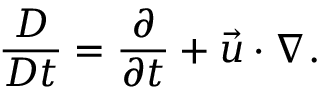
\frac { D } { D t } = \frac { \partial } { \partial t } + \vec { u } \cdot \boldsymbol { \nabla } .